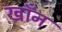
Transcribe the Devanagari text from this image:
खाँन